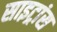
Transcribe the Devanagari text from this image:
साइट्रांस